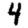
Digit: 4